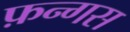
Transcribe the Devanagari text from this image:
फ़न्गस